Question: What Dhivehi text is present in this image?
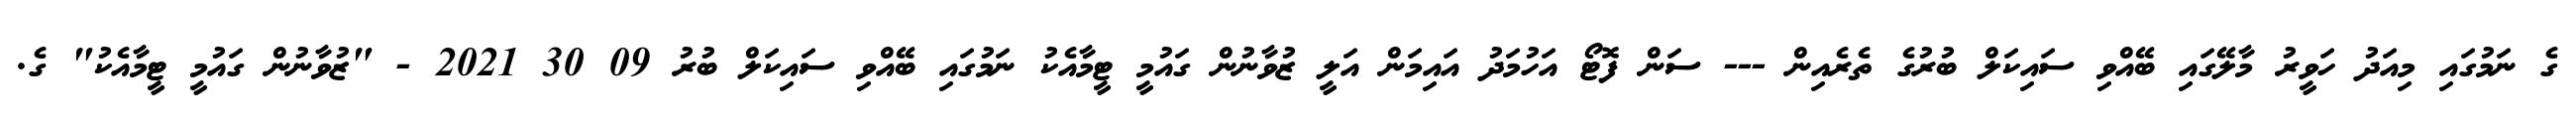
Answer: ގެ ނަމުގައި މިއަދު ހަވީރު މާލޭގައި ބޭއްވި ސައިކަލް ބުރުގެ ތެރެއިން --- ސަން ފޮޓޯ އަހުމަދު އައިމަން އަލީ ޒުވާނުން ގައުމީ ޓީމާއެކު ނަމުގައި ބޭއްވި ސައިކަލް ބުރު 09 30 2021 - "ޒުވާނުން ގައުމީ ޓީމާއެކު" ގެ.